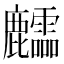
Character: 𪋶